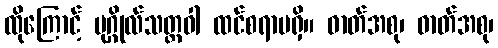
ထိုကြောင့် ပုဂ္ဂိုလ်သတ္တဝါ ထင်စရာမရှိ။ ဓာတ်အစု၊ ဓာတ်အစု၊